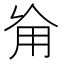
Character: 𠃰